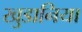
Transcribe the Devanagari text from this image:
खुडानिया